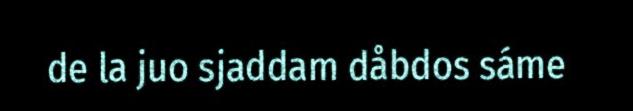
de la juo sjaddam dåbdos sáme